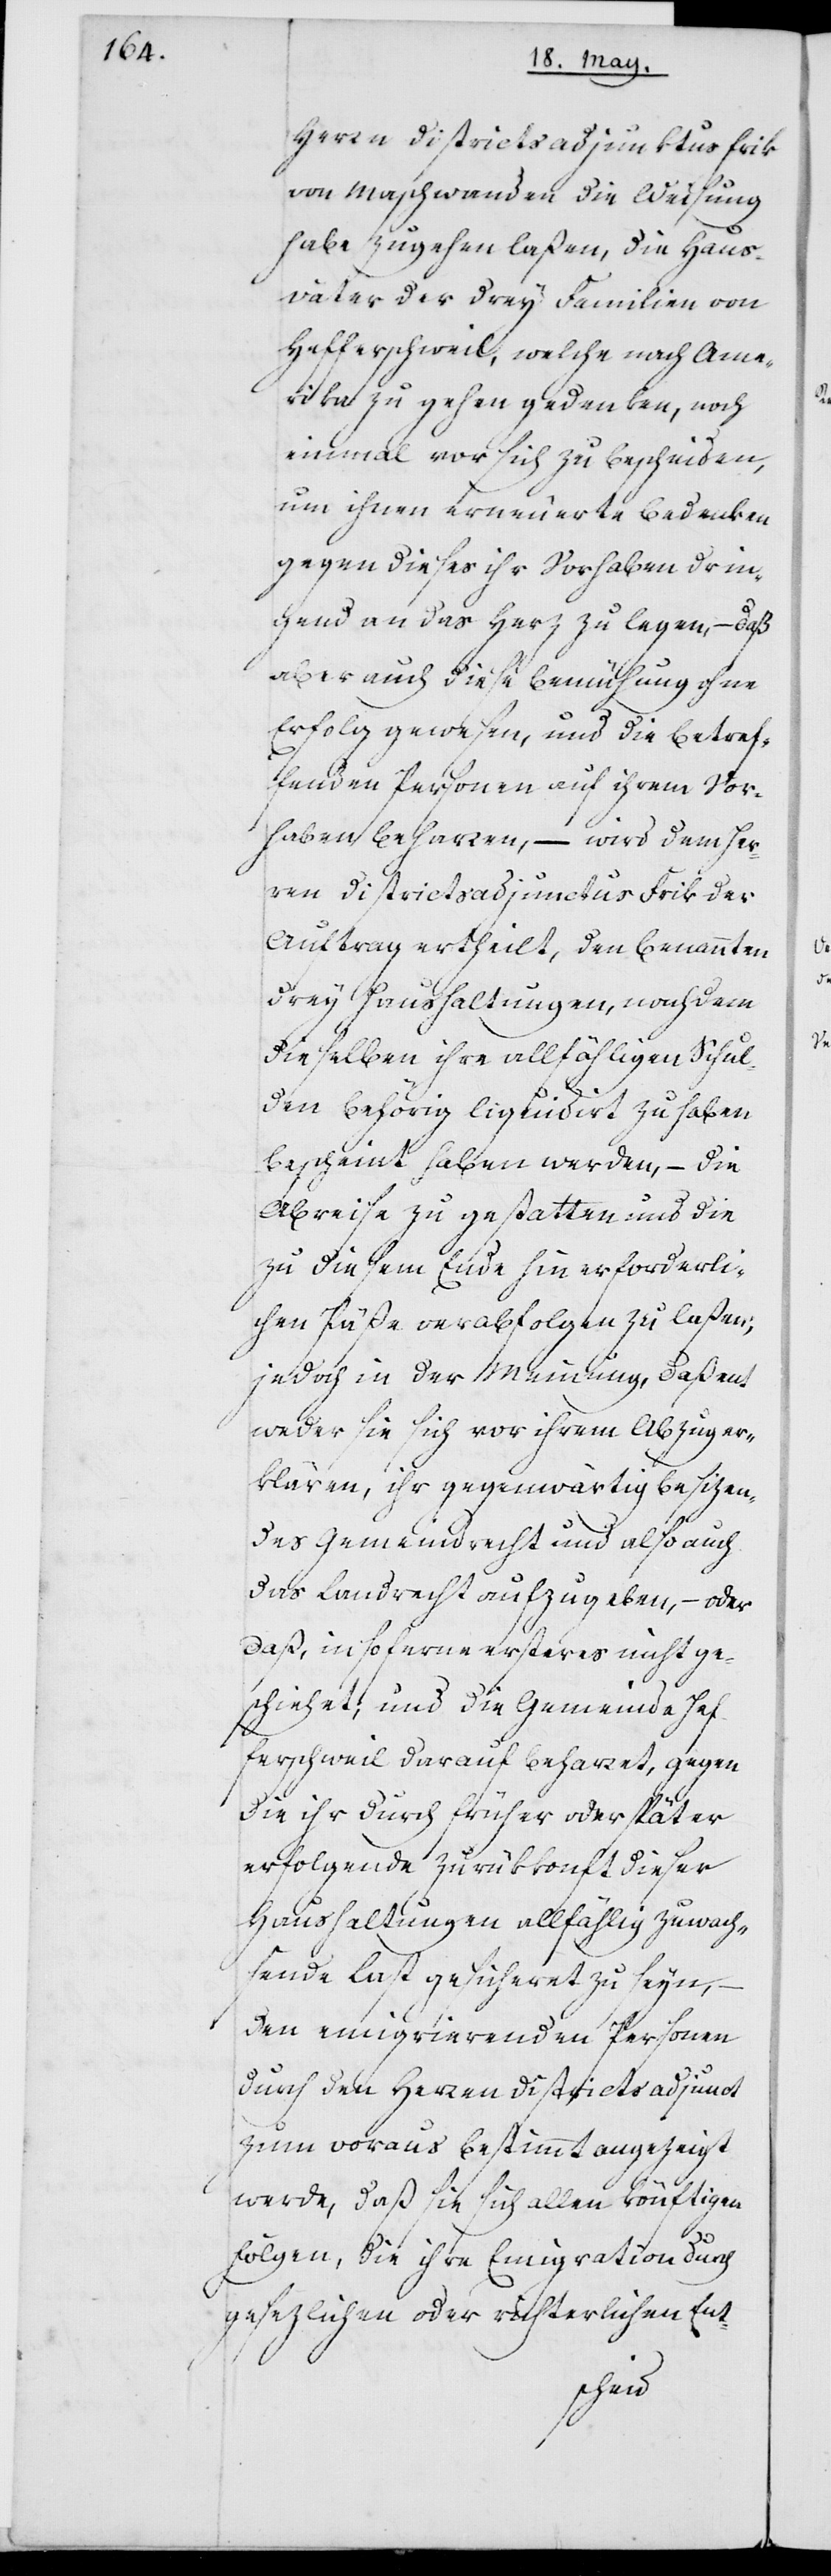
Herrn Districtadjunktus Frik
von Maschwanden die Weisung
habe zugehen laßen, die Haus¬
väter der drey Familien von
Hefferschweil, welche nach Ame¬
rika zu gehen gedenken, noch
einmal vor sich zu bescheiden,
um ihnen erneuerte Bedenken
gegen dieses ihr Vorhaben drin¬
gend an das Herz zu legen, – daß
aber auch diese Bemühung ohne
Erfolg gewesen, und die betref¬
fenden Personen auf ihrem Vor¬
haben beharren, – wird dem Her¬
ren Districtadjunctus Frik der
Auftrag ertheilt, den benannten
drey Haushaltungen, nach dem
dieselben ihre allfähligen Schul¬
den behörig liquidiert zu haben
bescheint haben werden, – die
Abreise zu gestatten und die
zu diesem Ende hin erforderli¬
chen Päße verabfolgen zu laßen;
jedoch in der Meinung, daß ent¬
weder sie sich vor ihrem Abzug er¬
klären, ihr gegenwärtig besizen¬
des Gemeindrecht und also auch
das Landrecht aufzugeben, – oder
daß, insoferne ersteres nicht ge¬
schiehet und die Gemeinde Hef¬
ferschweil darauf beharret, gegen
die ihr durch früher oder später
erfolgende Zurückkonft dieser
Haushaltungen allfählig zuwach¬
sende Last gesicheret zu seyn, –
den emigrierenden Personen
durch den Herren Districtadjunct
zum voraus bestimmt angezeigt
werde, daß sie sich allen könftigen
Folgen, die ihre Emigration durch
gesezlichen oder richterlichen Ent-